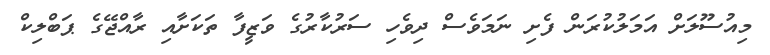
މިއުސޫލަށް އަމަލުކުރަން ފެށި ނަމަވެސް ދިވެހި ސަރުކާރުގެ ވަޒީފާ ތަކަށާއި ރާއްޖޭގެ ޕަބްލިކް